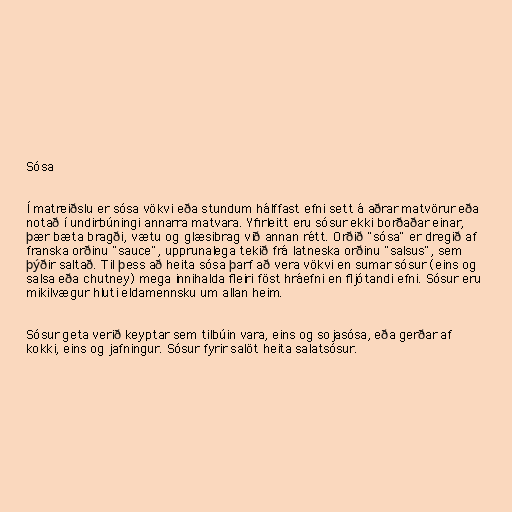
Sósa

Í matreiðslu er sósa vökvi eða stundum hálffast efni sett á aðrar matvörur eða
notað í undirbúningi annarra matvara. Yfirleitt eru sósur ekki borðaðar einar,
þær bæta bragði, vætu og glæsibrag við annan rétt. Orðið "sósa" er dregið af
franska orðinu "sauce", upprunalega tekið frá latneska orðinu "salsus", sem
þýðir saltað. Til þess að heita sósa þarf að vera vökvi en sumar sósur (eins og
salsa eða chutney) mega innihalda fleiri föst hráefni en fljótandi efni. Sósur eru
mikilvægur hluti eldamennsku um allan heim.

Sósur geta verið keyptar sem tilbúin vara, eins og sojasósa, eða gerðar af
kokki, eins og jafningur. Sósur fyrir salöt heita salatsósur.